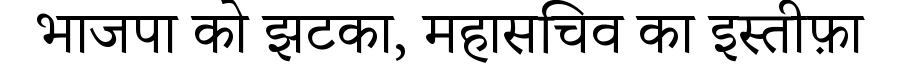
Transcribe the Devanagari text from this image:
भाजपा को झटका, महासचिव का इस्तीफ़ा